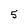
Character: 5